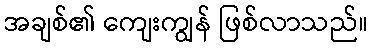
အချစ်၏ ကျေးကျွန် ဖြစ်လာသည်။